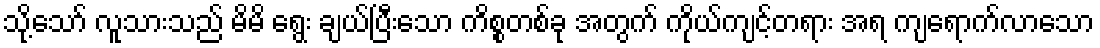
သို့သော် လူသားသည် မိမိ ရွေး ချယ်ပြီးသော ကိစ္စတစ်ခု အတွက် ကိုယ်ကျင့်တရား အရ ကျရောက်လာသော